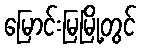
မြောင်းမြမြို့တွင်